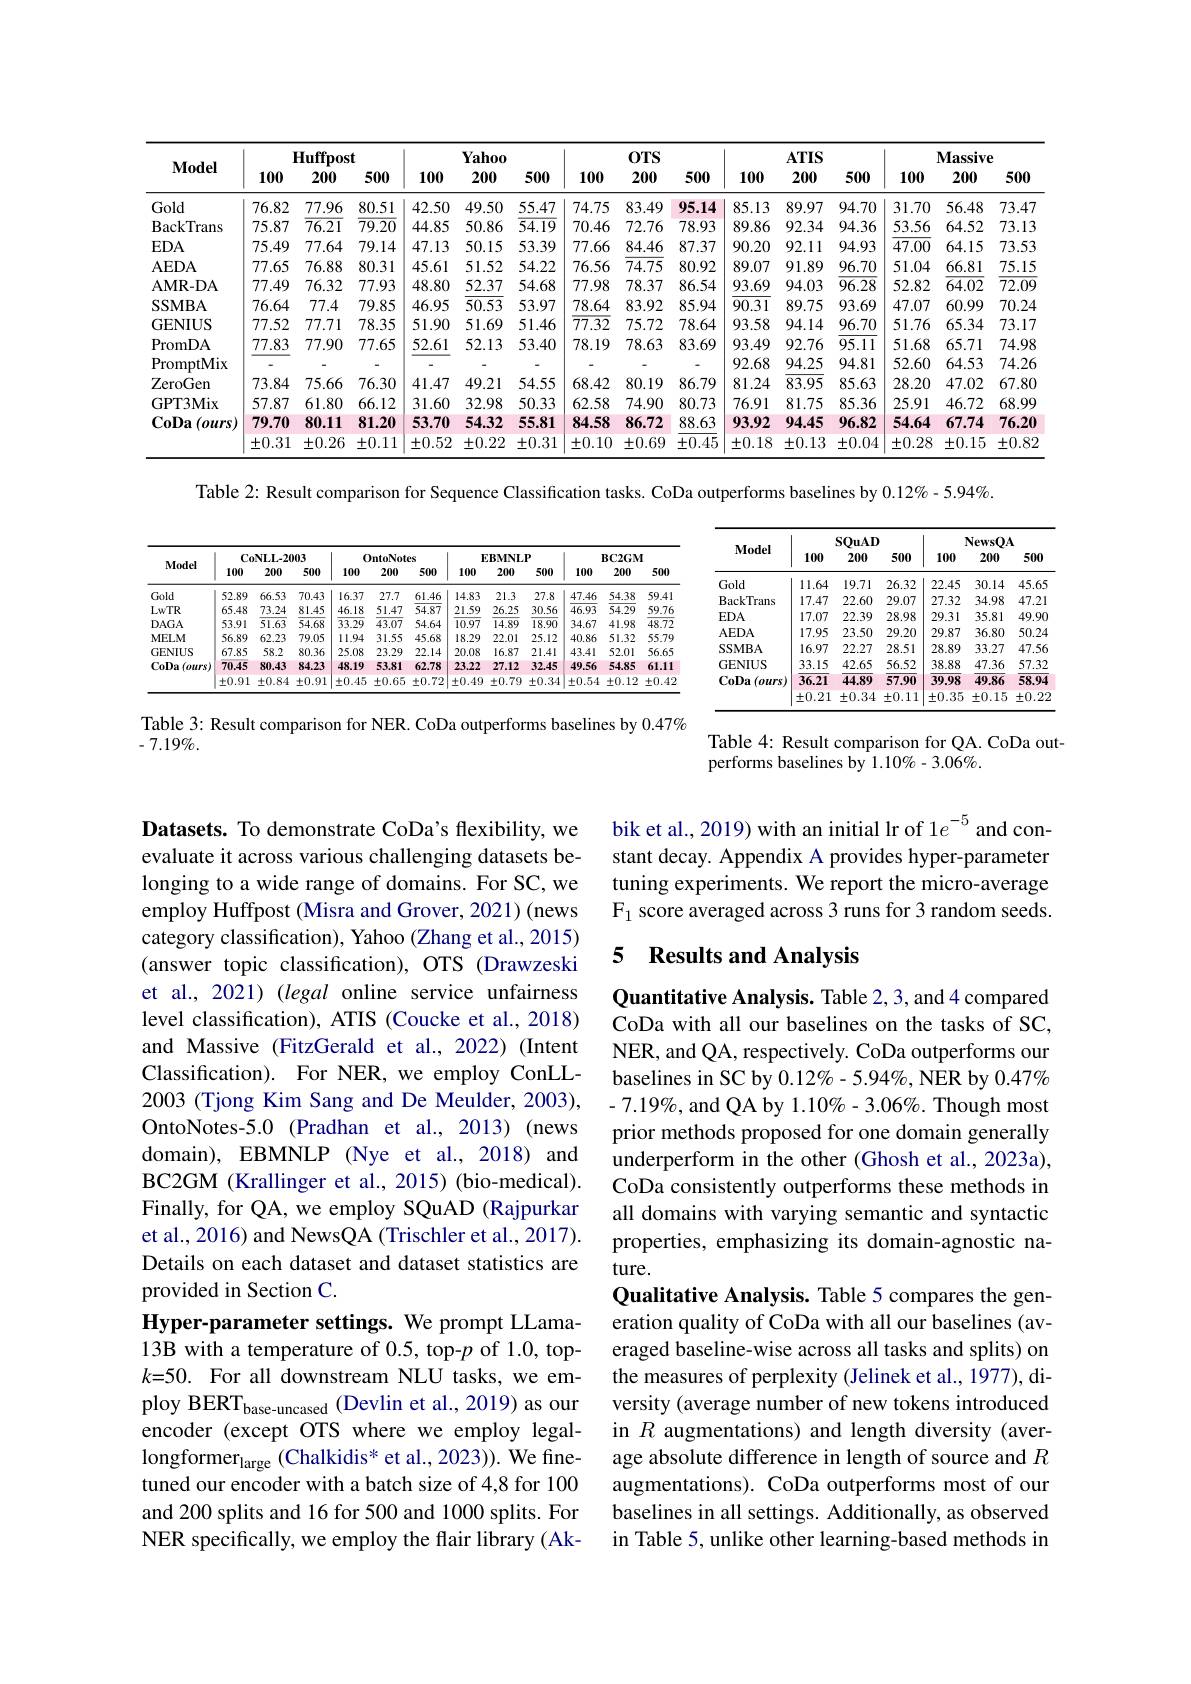
<table>
	<tbody>
		<tr>
			<th rowspan="3">$\mathbf{Model}$</th>
			<th>$\mathbf{I}$ 100</th>
			<th>$Iuffpos1$ 200</th>
			<th>500</th>
			<th>100</th>
			<th>Yahoo 200</th>
			<th>500</th>
			<th>100</th>
			<th>$0TS$ 200</th>
			<th>500</th>
			<th>100</th>
			<th>$ATIS$ 200</th>
			<th>500</th>
			<th>100</th>
			<th>$\mathbf{Massive}$ 200</th>
			<th>3 500</th>
		</tr>
		<tr>
			<th colspan="3">${\mathbf{Huffpost}}$</th>
			<th> </th>
			<th>Yahoo</th>
			<th> </th>
			<th> </th>
			<th>$0TS$</th>
			<th> </th>
			<th> </th>
			<th>$ATIS$</th>
			<th> </th>
			<th colspan="3">$\mathbf{Massive}$</th>
		</tr>
		<tr>
			<th>100</th>
			<th>200</th>
			<th>500</th>
			<th>100</th>
			<th>200</th>
			<th>500</th>
			<th>100</th>
			<th>200</th>
			<th>500</th>
			<th>100</th>
			<th>200</th>
			<th>500</th>
			<th>100</th>
			<th>200</th>
			<th>500</th>
		</tr>
		<tr>
			<td>Gold</td>
			<td>76.82</td>
			<td>77.96</td>
			<td>80.51</td>
			<td>42.50</td>
			<td>49.50</td>
			<td>55.47</td>
			<td>74.75</td>
			<td>83.49</td>
			<td>95.14</td>
			<td>85.13</td>
			<td>89.97</td>
			<td>94.70</td>
			<td>31.70</td>
			<td>56.48</td>
			<td>73.47</td>
		</tr>
		<tr>
			<td>BackTrans</td>
			<td>75.87</td>
			<td>$\overline{76.21}$</td>
			<td>$\overline{79.20}$</td>
			<td>44.85</td>
			<td>50.86</td>
			<td>$\overline{54.19}$</td>
			<td>70.46</td>
			<td>72.76</td>
			<td>78.93</td>
			<td>89.86</td>
			<td>92.34</td>
			<td>94.36</td>
			<td>53.56</td>
			<td>64.52</td>
			<td>73.13</td>
		</tr>
		<tr>
			<td>$EDA$</td>
			<td>75.49</td>
			<td>77.64</td>
			<td>79.14</td>
			<td>47.13</td>
			<td>50.15</td>
			<td>53.39</td>
			<td>77.66</td>
			<td>84.46</td>
			<td>87.37</td>
			<td>90.20</td>
			<td>92.11</td>
			<td>94.93</td>
			<td>47.00</td>
			<td>64.15</td>
			<td>73.53</td>
		</tr>
		<tr>
			<td>AEDA</td>
			<td>77.65</td>
			<td>76.88</td>
			<td>80.31</td>
			<td>45.61</td>
			<td>51.52</td>
			<td>54.22</td>
			<td>76.56</td>
			<td>74.75</td>
			<td>80.92</td>
			<td>89.07</td>
			<td>91.89</td>
			<td>96.70</td>
			<td>51.04</td>
			<td>66.81</td>
			<td>75.15</td>
		</tr>
		<tr>
			<td>AMR- DA</td>
			<td>77.49</td>
			<td>76.32</td>
			<td>77.93</td>
			<td>48.80</td>
			<td>52.37</td>
			<td>54.68</td>
			<td>77.98</td>
			<td>78.37</td>
			<td>86.54</td>
			<td>93.69</td>
			<td>94.03</td>
			<td>$\overline{96.28}$</td>
			<td>52.82</td>
			<td>$\overline{64.02}$</td>
			<td>$\overline{72.09}$</td>
		</tr>
		<tr>
			<td>SSMBA</td>
			<td>76.64</td>
			<td>77.4</td>
			<td>79.85</td>
			<td>46.95</td>
			<td>50.53</td>
			<td>53.97</td>
			<td>78.64</td>
			<td>83.92</td>
			<td>85.94</td>
			<td>90.31</td>
			<td>89.75</td>
			<td>93.69</td>
			<td>47.07</td>
			<td>60.99</td>
			<td>70.24</td>
		</tr>
		<tr>
			<td>GENIUS</td>
			<td>77.52</td>
			<td>77.71</td>
			<td>78.35</td>
			<td>51.90</td>
			<td>51.69</td>
			<td>51.46</td>
			<td>$\overline{77.32}$</td>
			<td>75.72</td>
			<td>78.64</td>
			<td>93.58</td>
			<td>94.14</td>
			<td>96.70</td>
			<td>51.76</td>
			<td>65.34</td>
			<td>73.17</td>
		</tr>
		<tr>
			<td>PromDA</td>
			<td>77.83</td>
			<td>77.90</td>
			<td>77.65</td>
			<td>52.61</td>
			<td>52.13</td>
			<td>53.40</td>
			<td>78.19</td>
			<td>78.63</td>
			<td>83.69</td>
			<td>93.49</td>
			<td>92.76</td>
			<td>95.11</td>
			<td>51.68</td>
			<td>65.71</td>
			<td>74.98</td>
		</tr>
		<tr>
			<td>PromptMix</td>
			<td> </td>
			<td> </td>
			<td>-</td>
			<td> </td>
			<td> </td>
			<td> </td>
			<td> </td>
			<td> </td>
			<td> </td>
			<td>92.68</td>
			<td>94.25</td>
			<td>94.81</td>
			<td>52.60</td>
			<td>64.53</td>
			<td>74.26</td>
		</tr>
		<tr>
			<td>ZeroGen</td>
			<td>73.84</td>
			<td>75.66</td>
			<td>76.30</td>
			<td>41.47</td>
			<td>49.21</td>
			<td>54.55</td>
			<td>68.42</td>
			<td>80.19</td>
			<td>86.79</td>
			<td>81.24</td>
			<td>83.95</td>
			<td>85.63</td>
			<td>28.20</td>
			<td>47.02</td>
			<td>67.80</td>
		</tr>
		<tr>
			<td>GPT3Mix</td>
			<td>57.87</td>
			<td>61.80</td>
			<td>66.12</td>
			<td>31.60</td>
			<td>32.98</td>
			<td>50.33</td>
			<td>62.58</td>
			<td>74.90</td>
			<td>80.73</td>
			<td>76.91</td>
			<td>81.75</td>
			<td>85.36</td>
			<td>25.91</td>
			<td>46.72</td>
			<td>68.99</td>
		</tr>
		<tr>
			<td rowspan="2">CoDa $1(ours)$</td>
			<td>79.70</td>
			<td>80.11</td>
			<td>81.20</td>
			<td>53.70</td>
			<td>54.32</td>
			<td>55.81</td>
			<td>84.58</td>
			<td>86.72</td>
			<td>88.63</td>
			<td>93.92</td>
			<td>94.45</td>
			<td>96.82</td>
			<td>54.64</td>
			<td>67.74</td>
			<td>76.20</td>
		</tr>
		<tr>
			<td>$\pm0.31$</td>
			<td>$\pm0.26$</td>
			<td>$\pm0.11$</td>
			<td>$\pm0.52$</td>
			<td>$\pm0.22$</td>
			<td>$\pm0.31$</td>
			<td>$\pm0.10$</td>
			<td>$\pm0.69$</td>
			<td>$\pm0.45$</td>
			<td>$\pm0.18$</td>
			<td>$\pm0.13$</td>
			<td>$\pm0.04$</td>
			<td>$\pm0.28$</td>
			<td>$\pm0.15$</td>
			<td>$\pm0.82$</td>
		</tr>
	</tbody>
</table>

Table 2: Result comparison for Sequence Classification tasks. CoDa outperforms baselines by $0.12\%-5.94\%.$

<table>
	<tbody>
		<tr>
			<th rowspan="2">Model</th>
			<th colspan="3">$\mathbf{CoNLL-2003}$</th>
			<th colspan="3">OntoNotes</th>
			<th colspan="3">EBMNLP</th>
			<th colspan="3">$\mathbf{BC2GM}$</th>
		</tr>
		<tr>
			<th>100</th>
			<th>200</th>
			<th>500</th>
			<th>100</th>
			<th>200</th>
			<th>500</th>
			<th>100</th>
			<th>200</th>
			<th>500</th>
			<th>100</th>
			<th>200</th>
			<th>500</th>
		</tr>
		<tr>
			<td>Gold</td>
			<td>52.89</td>
			<td>66.53</td>
			<td>70.43</td>
			<td>16.37</td>
			<td>27.7</td>
			<td>61.46</td>
			<td>14.83</td>
			<td>21.3</td>
			<td>27.8</td>
			<td>47.46</td>
			<td>54.38</td>
			<td>59.41</td>
		</tr>
		<tr>
			<td>LwTR</td>
			<td>65.48</td>
			<td>73.24</td>
			<td>81.45</td>
			<td>46.18</td>
			<td>51.47</td>
			<td>54.87</td>
			<td>21.59</td>
			<td>26.25</td>
			<td>30.56</td>
			<td>46.93</td>
			<td>54.29</td>
			<td>59.76</td>
		</tr>
		<tr>
			<td>$DAGA$</td>
			<td>53.91</td>
			<td>51.63</td>
			<td>54.68</td>
			<td>33.29</td>
			<td>43.07</td>
			<td>54.64</td>
			<td>10.97</td>
			<td>14.89</td>
			<td>18.90</td>
			<td>34.67</td>
			<td>41.98</td>
			<td>48.72</td>
		</tr>
		<tr>
			<td>MELM</td>
			<td>56.89</td>
			<td>62.23</td>
			<td>79.05</td>
			<td>11.94</td>
			<td>31.55</td>
			<td>45.68</td>
			<td>18.29</td>
			<td>22.01</td>
			<td>25.12</td>
			<td>40.86</td>
			<td>51.32</td>
			<td>55.79</td>
		</tr>
		<tr>
			<td>GENIUS</td>
			<td>67.85</td>
			<td>58.2</td>
			<td>80.36</td>
			<td>25.08</td>
			<td>23.29</td>
			<td>22.14</td>
			<td>20.08</td>
			<td>16.87</td>
			<td>21.41</td>
			<td>43.41</td>
			<td>52.01</td>
			<td>56.65</td>
		</tr>
		<tr>
			<td rowspan="2">CoDa $(ours)$</td>
			<td>70.45</td>
			<td>80.43</td>
			<td>84.23</td>
			<td>48.19</td>
			<td>53.81</td>
			<td>62.78</td>
			<td>23.22</td>
			<td>27.12</td>
			<td>32.45</td>
			<td>49.56</td>
			<td>54.85</td>
			<td>61.11</td>
		</tr>
		<tr>
			<td>$\pm0.91$</td>
			<td>$\pm0.84$</td>
			<td>$\pm0.91$</td>
			<td>$\pm0.45$</td>
			<td>$\pm0.65$</td>
			<td>$\pm0.72$</td>
			<td>$\pm0.49$</td>
			<td>$\pm0.79$</td>
			<td>$\pm0.34$</td>
			<td>$\pm0.54$</td>
			<td>$\pm0.12$</td>
			<td>$\pm0.42$</td>
		</tr>
	</tbody>
</table>

<table>
	<tbody>
		<tr>
			<th rowspan="2">$\mathbf{Model}$</th>
			<th colspan="3">$\mathbf{SOuAD}$</th>
			<th colspan="3">$\mathbf{NewsOA}$</th>
		</tr>
		<tr>
			<th>100</th>
			<th>200</th>
			<th>500</th>
			<th>100</th>
			<th>200</th>
			<th>500</th>
		</tr>
		<tr>
			<td>Gold</td>
			<td>11.64</td>
			<td>19.71</td>
			<td>26.32</td>
			<td>22.45</td>
			<td>30.14</td>
			<td>45.65</td>
		</tr>
		<tr>
			<td>BackTrans</td>
			<td>17.47</td>
			<td>22.60</td>
			<td>29.07</td>
			<td>27.32</td>
			<td>34.98</td>
			<td>47.21</td>
		</tr>
		<tr>
			<td>$EDA$</td>
			<td>17.07</td>
			<td>22.39</td>
			<td>28.98</td>
			<td>29.31</td>
			<td>35.81</td>
			<td>49.90</td>
		</tr>
		<tr>
			<td>AEDA</td>
			<td>17.95</td>
			<td>23.50</td>
			<td>29.20</td>
			<td>29.87</td>
			<td>36.80</td>
			<td>50.24</td>
		</tr>
		<tr>
			<td>SSMBA</td>
			<td>16.97</td>
			<td>22.27</td>
			<td>28.51</td>
			<td>28.89</td>
			<td>33.27</td>
			<td>47.56</td>
		</tr>
		<tr>
			<td>GENIUS</td>
			<td>33.15</td>
			<td>42.65</td>
			<td>56.52</td>
			<td>38.88</td>
			<td>47.36</td>
			<td>57.32</td>
		</tr>
		<tr>
			<td rowspan="2">CoDa ( ours) </td>
			<td>36.21</td>
			<td>44.89</td>
			<td>57.90</td>
			<td>39.98</td>
			<td>49.86</td>
			<td>58.94</td>
		</tr>
		<tr>
			<td>$\pm0.21$</td>
			<td>$\pm0.34$</td>
			<td>$\pm0.11$</td>
			<td>$\pm0.35$</td>
			<td>$\pm0.15$</td>
			<td>$\pm0.22$</td>
		</tr>
	</tbody>
</table>

Table 3: Result comparison for NER. CoDa outperforms baselines by 0.47%
$-7.19\%.$

Table 4: Result comparison for QA. CoDa out-
performs baselines by 1.10%-3.06%.

bik et al., 2019) with an initial lr of 1$e^{-5}$ and constant decay. Appendix A provides hyper-parameter tuning experiments. We report the micro-average $\mathrm{F}_{1}$ score averaged across 3 runs for 3 random seeds.

### 5 Results and Analysis

Datasets. To demonstrate CoDa's flexibility, we evaluate it across various challenging datasets belonging to a wide range of domains. For SC, we employ Huffpost (Misra and Grover, 2021) (news category classification), Yahoo (Zhang et al., 2015) (answer topic classification), OTS (Drawzeski et al., 2021) (legal online service unfairness level classification), ATIS (Coucke et al., 2018) and Massive (FitzGerald et al.,2022)(Intent Classification). For NER, we employ ConLL- 2003 (Tjong Kim Sang and De Meulder, 2003), OntoNotes-5.0 (Pradhan et al., 2013) (news domain), EBMNLP (Nye et al., 2018) and BC2GM (Krallinger et al., 2015) (bio-medical). Finally, for QA, we employ SQuAD (Rajpurkar et al., 2016) and NewsQA (Trischler et al., 2017). Details on each dataset and dataset statistics are provided in Section C.
Hyper-parameter settings. We prompt LLama- 13B with a temperature of 0.5, top-$p$ of 1.0, top- $k=50.$ For all downstream NLU tasks, we employ BERT$_{\text{base-uncased}}$ (Devlin et al.,2019) as our encoder (except OTS where we employ legal-
tuned our encoder with a batch size of 4,8 for 100 and 200 splits and 16 for 500 and 1000 splits. For NER specifically, we employ the flair library (Ak-

Quantitative Analysis. Table 2, 3, and 4 compared CoDa with all our baselines on the tasks of SC, NER, and QA, respectively. CoDa outperforms our baselines in SC by 0.12%-5.94%, NER by 0.47% $-7.19\%$,and QA by 1.10%-3.06%. Though most prior methods proposed for one domain generally underperform in the other (Ghosh et al., 2023a), CoDa consistently outperforms these methods in all domains with varying semantic and syntactic properties, emphasizing its domain-agnostic nature.
Qualitative Analysis. Table 5 compares the generation quality of CoDa with all our baselines (averaged baseline-wise across all tasks and splits) on the measures of perplexity (Jelinek et al., 1977), diversity (average number of new tokens introduced in $R$ augmentations) and length diversity (averaugmentations). CoDa outperforms most of our baselines in all settings. Additionally, as observed in Table 5, unlike other learning-based methods in